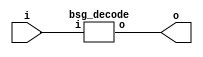


module top
(
  i,
  o
);

  input [3:0] i;
  output [15:0] o;

  bsg_decode
  wrapper
  (
    .i(i),
    .o(o)
  );


endmodule



module bsg_decode
(
  i,
  o
);

  input [3:0] i;
  output [15:0] o;
  wire [15:0] o;
  assign o = { 1'b0, 1'b0, 1'b0, 1'b0, 1'b0, 1'b0, 1'b0, 1'b0, 1'b0, 1'b0, 1'b0, 1'b0, 1'b0, 1'b0, 1'b0, 1'b1 } << i;

endmodule